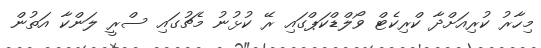
މިހާރު ކުރިއަށްދާ ކްރިކެޓް ވޯލްޑްކަޕްގައި ރޭ ކުޅުނު މެޗުގައި ސްރީ ލަންކާ އަތުން